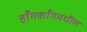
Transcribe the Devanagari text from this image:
हाँगकाँगमधील